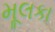
મૂલકા